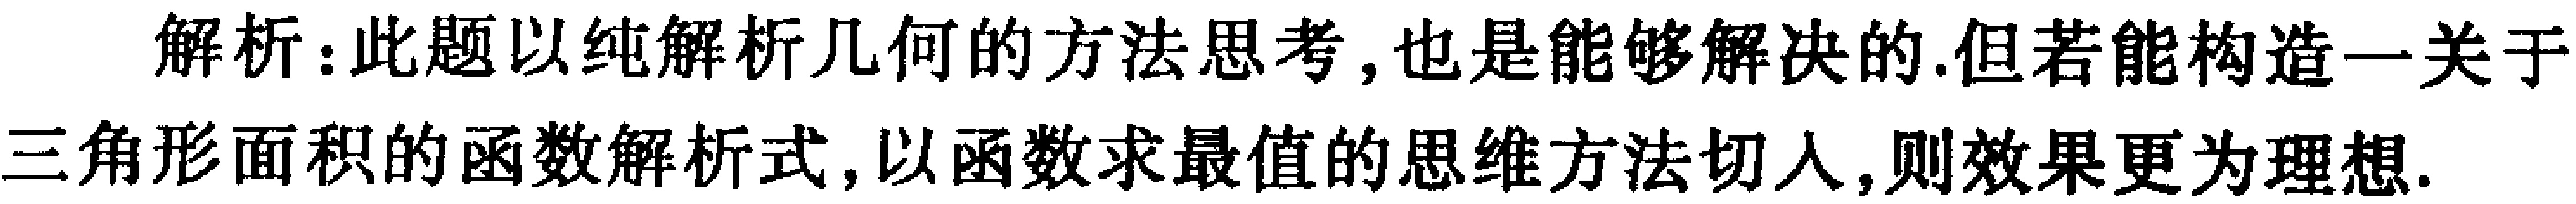
解析：此题以纯解析几何的方法思考，也是能够解决的.但若能构造一关于三角形面积的函数解析式,以函数求最值的思维方法切入,则效果更为理想.